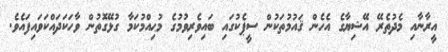
އީރާނާއި މެދުތެރޭ އޭޝިޔާގެ އެހެން ޤައުމުތަކުން ސީޕެކުގައި ބައިވެރިވުމުގެ މުޙިއްމުކަމާ ގުޅޭގޮތުން ވާހަކަދައްކަވައިފައެވެ.